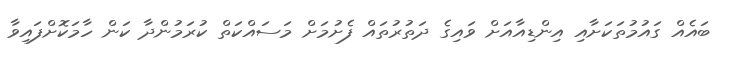
ބައެއް ގައުމުތަކަށާއި އިންޑިއާއަށް ވައިގެ ދަތުރުތައް ފެށުމަށް މަސައްކަތް ކުރަމުންދާ ކަން ހާމަކޮށްފައިވާ